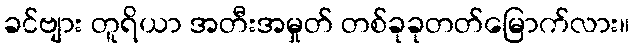
ခင်ဗျား တူရိယာ အတီးအမှုတ် တစ်ခုခုတတ်မြောက်လား။